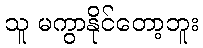
သူ မကွာနိုင်တော့ဘူး